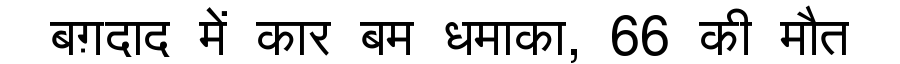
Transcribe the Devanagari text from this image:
बग़दाद में कार बम धमाका, 66 की मौत